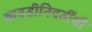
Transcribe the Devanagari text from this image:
आवडीनिवडींची